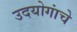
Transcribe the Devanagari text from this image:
उदयोगांचे